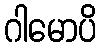
ဂါမောပိ